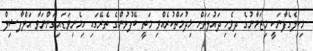
މިކިލެގެފާނަކީ މިޒަމާނުގެ ދިވެހި ދައުލަތަށް ޚިދުމަތްކުރެއްވި މަތީ ބޭފުޅުންގެ ތެރޭގައި ހިމެނިވަޑައިގަންނަވާ އަލްފާޟިލް